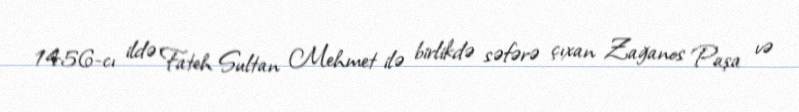
1456-cı ildə Fateh Sultan Mehmet ilə birlikdə səfərə çıxan Zağanos Paşa və